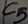
Text: C5